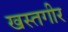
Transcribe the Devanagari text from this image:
खस्तगीर